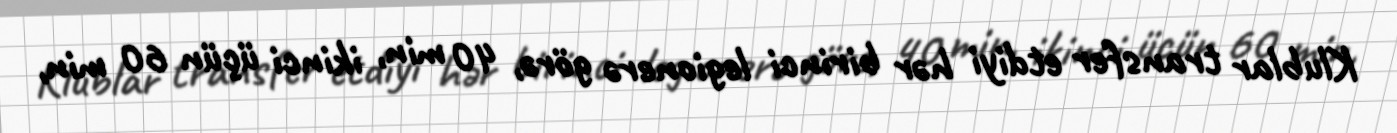
Klublar transfer etdiyi hər birinci legionerə görə, 40 min, ikinci üçün 60 min,